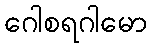
ဂေါစရဂါမော